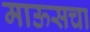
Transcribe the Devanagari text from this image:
माऊसचा